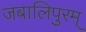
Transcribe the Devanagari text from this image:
जबालिपुरम्